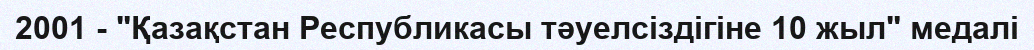
2001 - "Қазақстан Республикасы тәуелсіздігіне 10 жыл" медалі